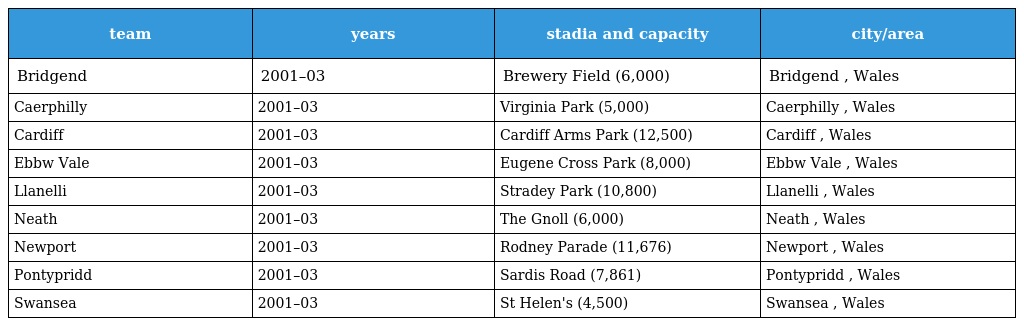
| team | years | stadia and capacity | city/area |
 | --- | --- | --- | --- |
 | Bridgend | 2001–03 | Brewery Field (6,000) | Bridgend , Wales |
 | Caerphilly | 2001–03 | Virginia Park (5,000) | Caerphilly , Wales |
 | Cardiff | 2001–03 | Cardiff Arms Park (12,500) | Cardiff , Wales |
 | Ebbw Vale | 2001–03 | Eugene Cross Park (8,000) | Ebbw Vale , Wales |
 | Llanelli | 2001–03 | Stradey Park (10,800) | Llanelli , Wales |
 | Neath | 2001–03 | The Gnoll (6,000) | Neath , Wales |
 | Newport | 2001–03 | Rodney Parade (11,676) | Newport , Wales |
 | Pontypridd | 2001–03 | Sardis Road (7,861) | Pontypridd , Wales |
 | Swansea | 2001–03 | St Helen's (4,500) | Swansea , Wales |